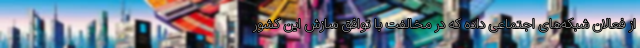
از فعالان شبکه‌های اجتماعی داده که در مخالفت با توافق سازش این کشور